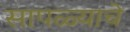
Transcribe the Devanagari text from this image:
सापळ्याचे